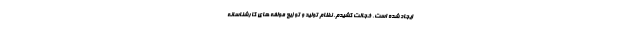
ایجاد شده است، خجالت کشیدم. نظام تولید و توزیع مولفه های کارشناسانه